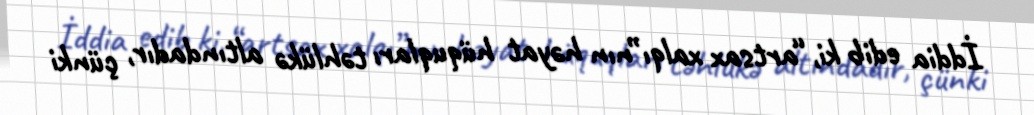
İddia edib ki, “artsax xalqı”nın həyat hüquqları təhlükə altındadır, çünki